Civil Veterinary Dept. North-West Frontier Province 1933-46 - 1933-1946
Year: 1933
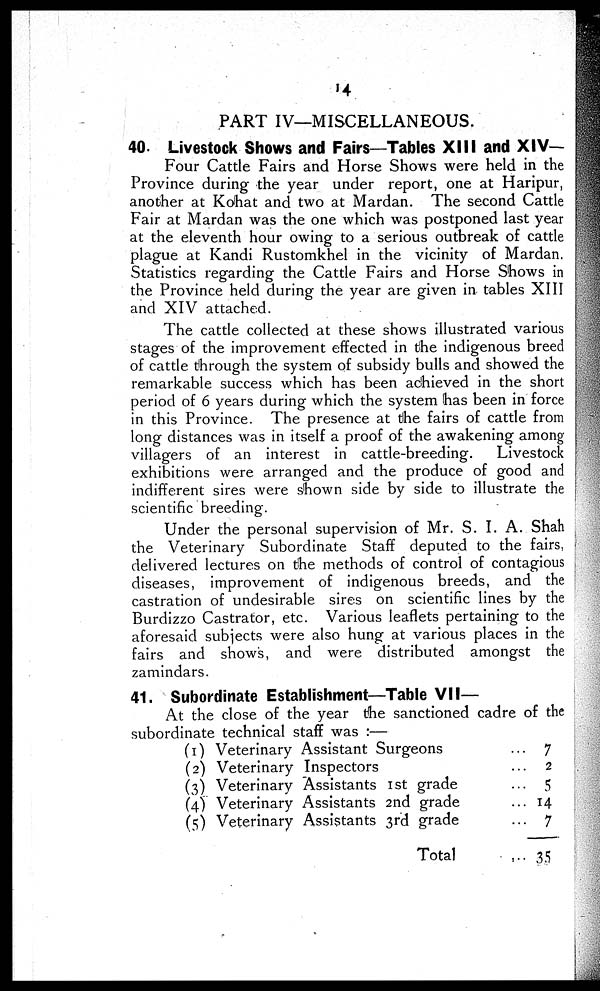
14
PART IV—MISCELLANEOUS.
40. Livestock Shows and Fairs—Tables XIII and XIV—
Four Cattle Fairs and Horse Shows were held in the
Province during the year under report, one at Haripur,
another at Kohat and two at Mardan. The second Cattle
Fair at Mardan was the one which was postponed last year
at the eleventh hour owing to a serious outbreak of cattle
plague at Kandi Rustomkhel in the vicinity of Mardan.
Statistics regarding the Cattle Fairs and Horse Shows in
the Province held during the year are given in tables XIII
and XIV attached.
The cattle collected at these shows illustrated various
stages of the improvement effected in the indigenous breed
of cattle through the system of subsidy bulls and showed the
remarkable success which has been achieved in the short
period of 6 years during which the system has been in force
in this Province. The presence at the fairs of cattle from
long distances was in itself a proof of the awakening among
villagers of an interest in cattle-breeding.
Livestock
exhibitions were arranged and the produce of good and
indifferent sires were shown side by side to illustrate the
scientific breeding.
Under the personal supervision of Mr. S. I. A. Shah
the Veterinary Subordinate Staff deputed to the fairs,
delivered lectures on the methods of control of contagious
diseases, improvement of indigenous breeds, and the
castration of undesirable sires on scientific lines by the
Burdizzo Castrator, etc. Various leaflets pertaining to the
aforesaid subjects were also hung at various places in the
fairs and shows, and were distributed amongst the
zamindars.
41. Subordinate Establishment—Table VII—
At the close of the year the sanctioned cadre of the
subordinate technical staff was:—
(1) Veterinary Assistant Surgeons
(2) Veterinary Inspectors
(3) Veterinary Assistants 1st grade
(4) Veterinary Assistants 2nd grade
(5) Veterinary Assistants 3rd grade
Total
... 7
... 2
... 5
... 14
... 7
... 35